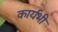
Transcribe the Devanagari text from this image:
कार्यभी